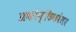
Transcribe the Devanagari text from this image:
प्रकोष्ठिकांतर